Report on the working of the Ranchi Indian Mental Hospital, Kanke, in Bihar and Orissa - 1930-1940
Year: 1930
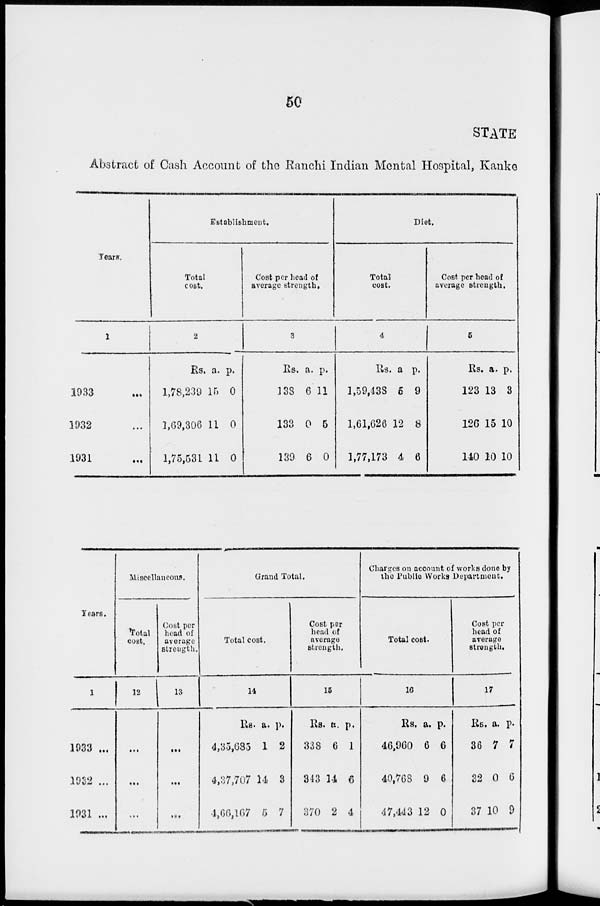
50
STATE
Abstract of Cash Account of the Ranchi Indian Mental Hospital, Kanke
Years.
1
1933 ...
1932 ...
1931 ...
Establishment.
Total
cost.
2
Rs.
1,78,239
1,69,306
1,75,531
a.
15
11
11
p.
0
0
0
Cost per head of
average strength.
3
Rs.
133
133
139
a.
6
0
6
p.
11
5
0
Diet.
Total
cost.
4
Rs.
1,59,433
1,61,626
1,77,173
a.
5
12
4
p.
9
8
6
Cost per head of
average strength.
5
Rs.
123
126
140
a.
13
15
10
p.
3
10
10
Years.
1
1933 ...
1932 ...
1931 ...
Miscellaneous.
Total
cost.
12
...
...
...
Cost per
head of
average
strength.
13
...
...
...
Grand Total.
Total cost.
14
Rs.
4,35,685
4,37,707
4,66,167
a.
1
14
5
p.
2
3
7
Cost per
head of
average
strength.
15
Rs.
338
343
370
a.
6
14
2
p.
1
6
4
Charges on account of works done by
the Public Works Department.
Total cost.
16
Rs.
46,960
40,768
47,443
a.
6
9
12
p.
6
6
0
Cost per
head of
average
strength.
17
Rs.
36
32
37
a.
7
0
10
p.
7
6
9